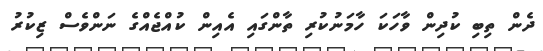
ދެން ތިބި ކުދިން ވާހަކަ ހާމަނުކުރި ތާންގައި އެއިންް ކުއްޖެއްގެ ނަންވެސް ޒިކުރު